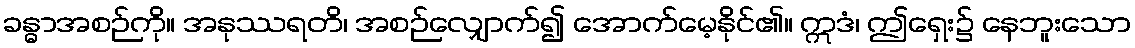
ခန္ဓာအစဉ်ကို။ အနုဿရတိ၊ အစဉ်လျှောက်၍ အောက်မေ့နိုင်၏။ ဣဒံ၊ ဤရှေး၌ နေဘူးသော